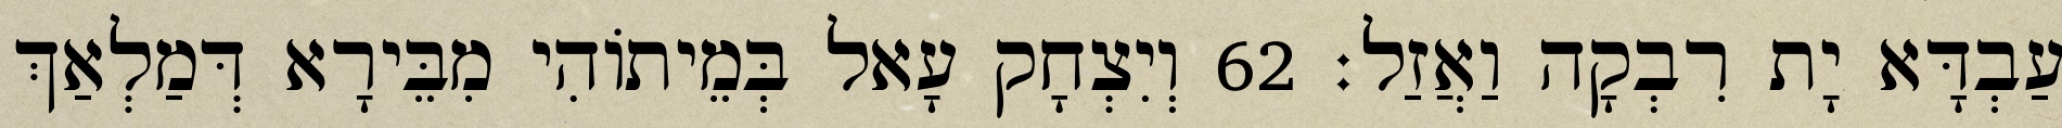
עַבְדָּא יָת רִבְקָה וַאֲזַל׃ 62 וְיִצְחָק עָאל בְּמֵיתוֹהִי מִבֵּירָא דְּמַלְאַךְ